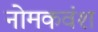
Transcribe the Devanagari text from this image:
नोमकवंश